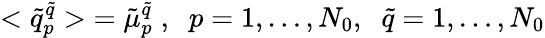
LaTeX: <\tilde{q}_{p}^{\tilde{q}}>\; =\tilde{\mu}_{p}^{\tilde{q}}\; ,\; \; p=1,\dots,N_{0},\; \; \tilde{q}=1,\dots,N_{0}